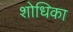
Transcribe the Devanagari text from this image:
शोधिका